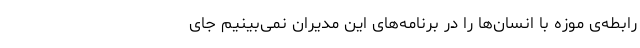
رابطه‌ی موزه با انسان‌ها را در برنامه‌های این مدیران نمی‌بینیم جای